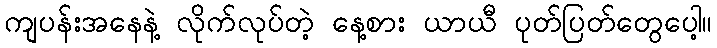
ကျပန်းအနေနဲ့ လိုက်လုပ်တဲ့ နေ့စား ယာယီ ပုတ်ပြတ်တွေပေါ့။